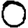
Digit: 0